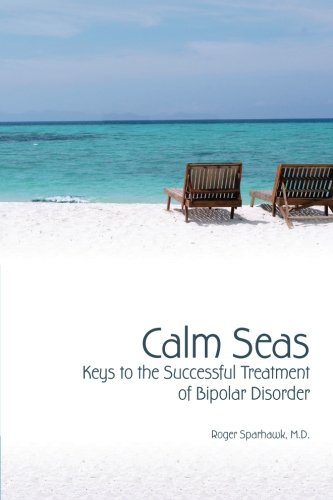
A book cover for CALM SEAS:  Keys to the Successful Treatment of Bipolar Disorder: Keys to the Successful Treatment of Bipolar Disorder; Roger Sparhawk M.D.; Health, Fitness & Dieting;